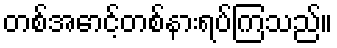
တစ်အောင့်တစ်နားရပ်ကြသည်။